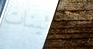
الثلاثينات